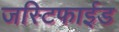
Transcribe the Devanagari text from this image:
जस्टिफाईड